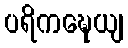
ပရိကဍ္ဎေယျ